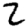
Digit: 2